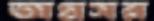
অগ্রসর